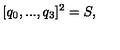
[ q _ { 0 } , . . . , q _ { 3 } ] ^ { 2 } = S ,